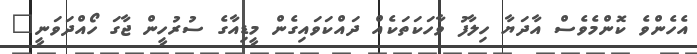
އެހެންވެ ކޮންމެވެސް އާދަޔާ ހިލާފު ވާހަކަތަކެއް ދައްކަވައިގެން މީޑިއާގެ ސުރުހީން ޖާގަ ހޯއްދަވަނީ"